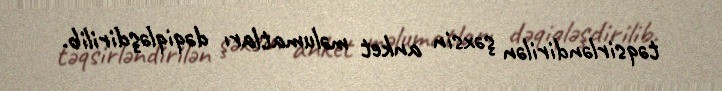
təqsirləndirilən şəxsin anket məlumatları dəqiqləşdirilib.